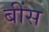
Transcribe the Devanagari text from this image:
बींस